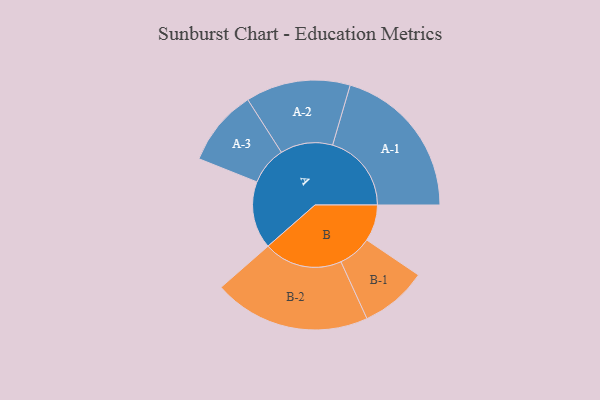
{"axis": {"x": "Segment", "y": "Value"}, "legend": ["", "A", "B"], "data": [{"x": "A", "y": 229, "type": ""}, {"x": "B", "y": 124, "type": ""}, {"x": "A-1", "y": 268, "type": "A"}, {"x": "A-2", "y": 178, "type": "A"}, {"x": "A-3", "y": 130, "type": "A"}, {"x": "B-1", "y": 114, "type": "B"}, {"x": "B-2", "y": 267, "type": "B"}]}